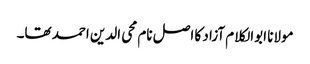
مولانا ابوالکلام آزاد کا اصل نام محی الدین احمد تھا۔